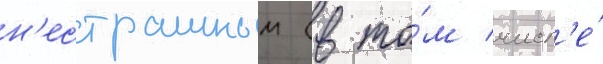
н'естрашным (в то́м числ'е́